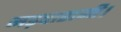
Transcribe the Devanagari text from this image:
मड़वारानी।